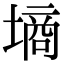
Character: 墒